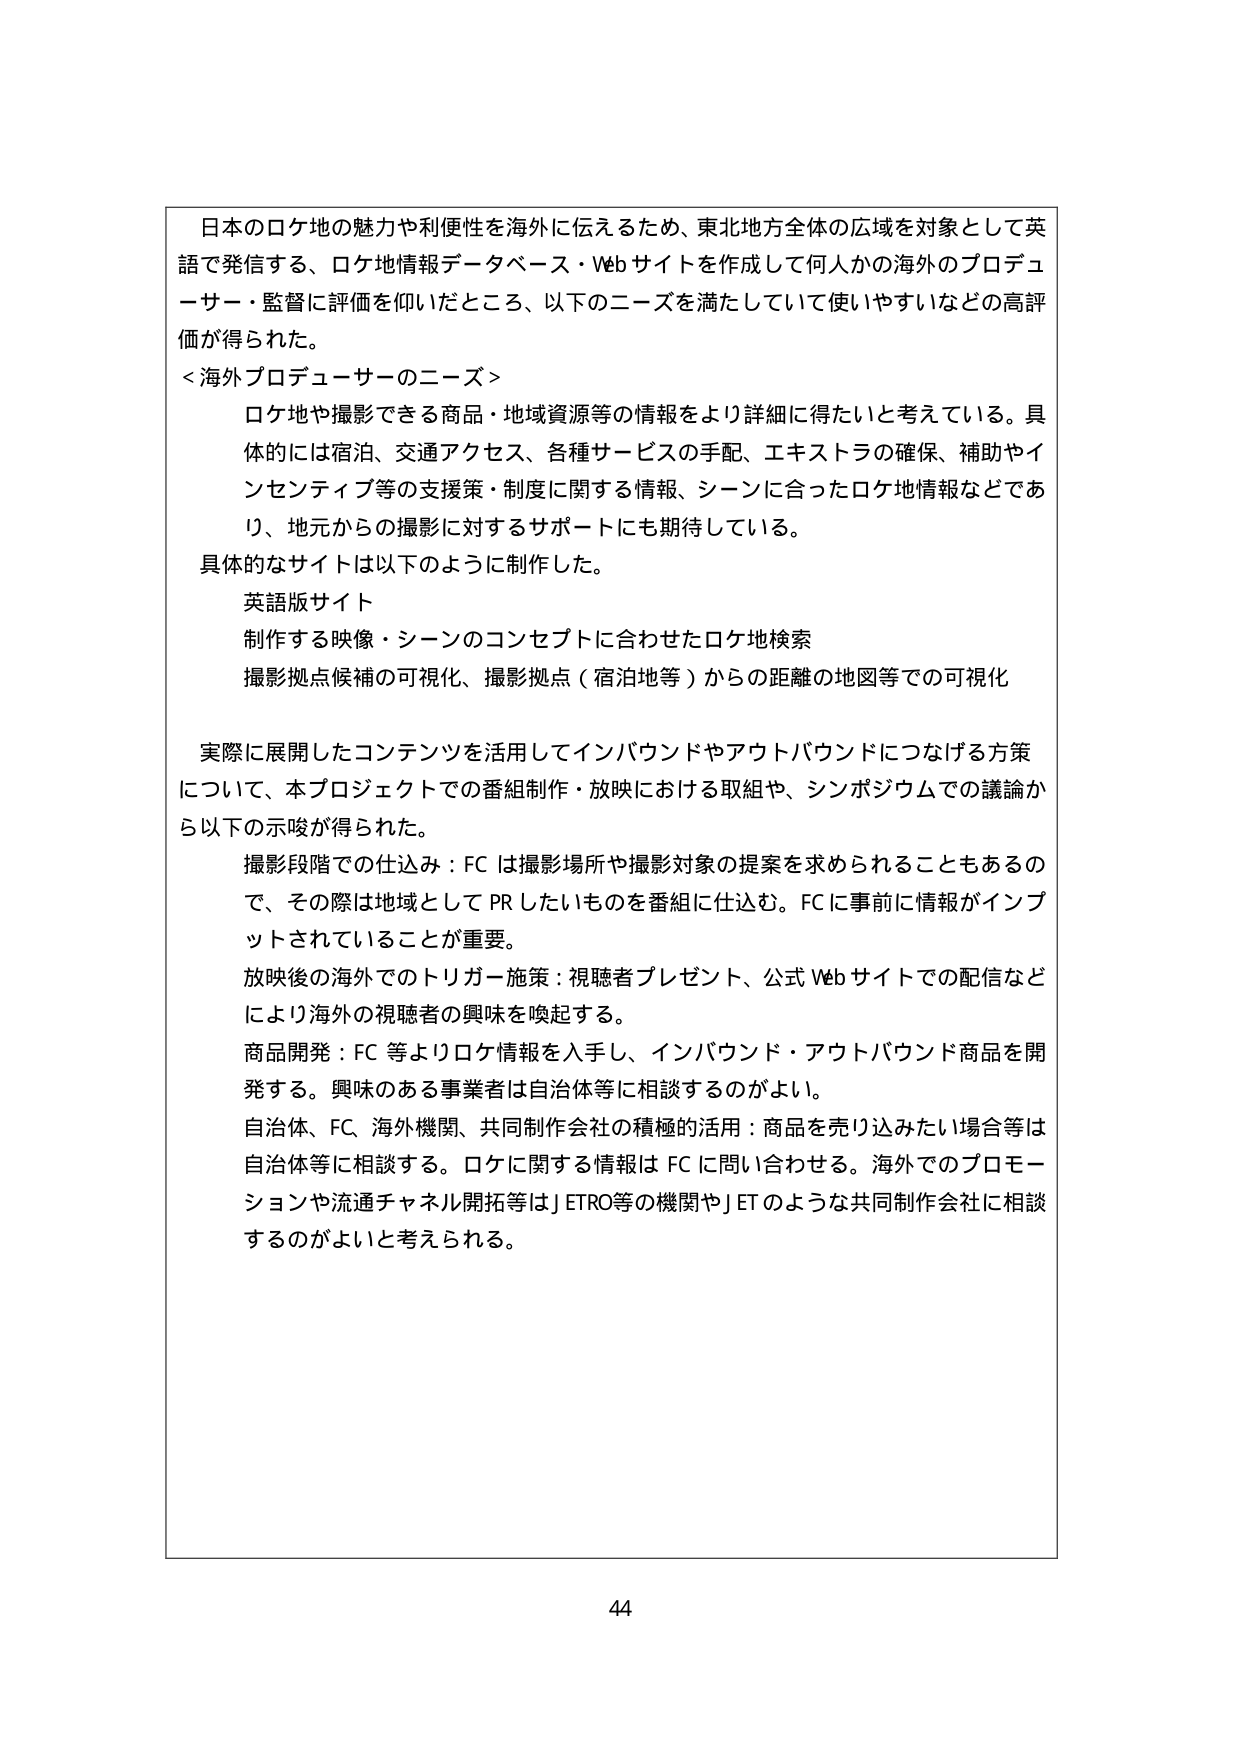
日本のロケ地の魅力や利便性を海外に伝えるため、東北地方全体の広域を対象として英語で発信する、ロケ地情報データベース・Webサイトを作成して何人かの海外のプロデューサー・監督に評価を仰いだところ、以下のニーズを満たしていて使いやすいなどの高評価が得られた。

＜海外プロデューサーのニーズ＞
ロケ地や撮影できる商品・地域資源等の情報をより詳細に得たいと考えている。具体的には宿泊、交通アクセス、各種サービスの手配、エキストラの確保、補助やインセンティブ等の支援策・制度に関する情報、シーンに合ったロケ地情報などであり、地元からの撮影に対するサポートにも期待している。

具体的なサイトは以下のように制作した。
英語版サイト
制作する映像・シーンのコンセプトに合わせたロケ地検索
撮影拠点候補の可視化、撮影拠点（宿泊地等）からの距離の地図等での可視化

実際に展開したコンテンツを活用してインバウンドやアウトバウンドにつなげる方策について、本プロジェクトでの番組制作・放映における取組や、シンポジウムでの議論から以下の示唆が得られた。

撮影段階での仕込み：FCは撮影場所や撮影対象の提案を求められることもあるので、その際は地域としてPRしたいものを番組に仕込む。FCに事前に情報がインプットされていることが重要。

放映後の海外でのトリガー施策：視聴者プレゼント、公式Webサイトでの配信などにより海外の視聴者の興味を喚起する。

商品開発：FC等よりロケ情報を入手し、インバウンド・アウトバウンド商品を開発する。興味のある事業者は自治体等に相談するのがよい。

自治体、FC、海外機関、共同制作会社の積極的活用：商品を売り込みたい場合等は自治体等に相談する。ロケに関する情報はFCに問い合わせる。海外でのプロモーションや流通チャネル開拓等はJETRO等の機関やJETのような共同制作会社に相談するのがよいと考えられる。

44